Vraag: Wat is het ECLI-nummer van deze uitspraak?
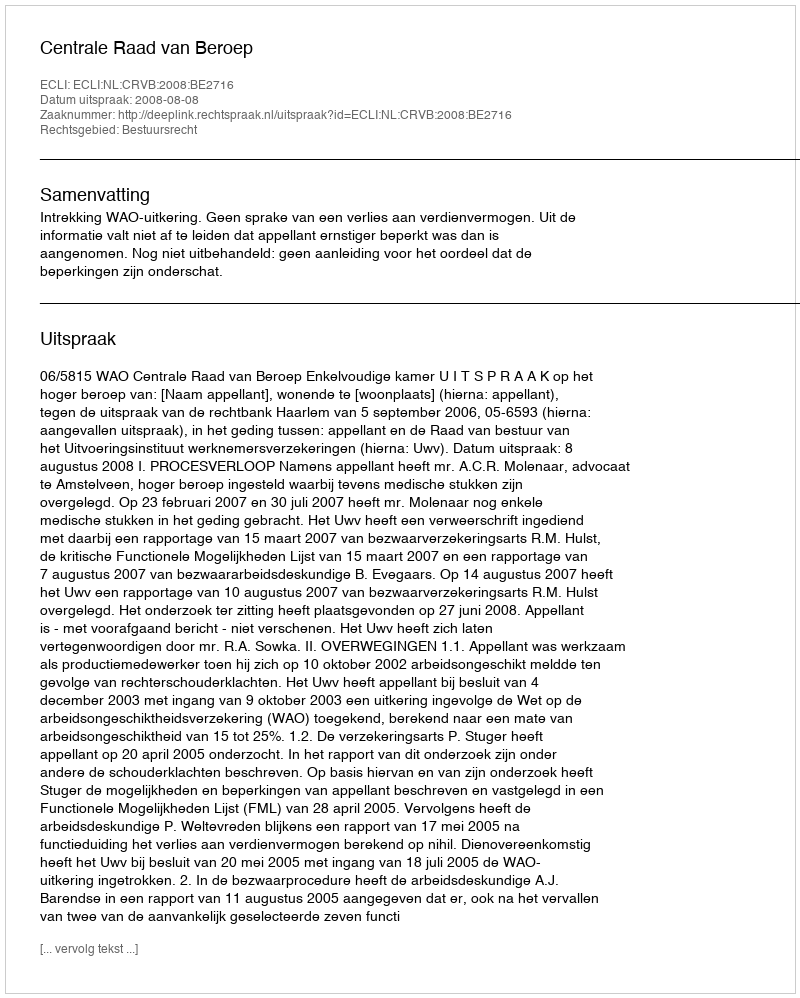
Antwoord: ECLI:NL:CRVB:2008:BE2716